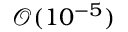
\mathcal { O } ( 1 0 ^ { - 5 } )